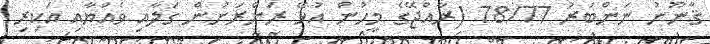
ޤާނޫނު ނަންބަރު 78/77 (ރާއްޖޭގެ މީހުން އުޅޭ ރަށްރަށުން ގަލާއި ވެއްޔާއި އަކިރި